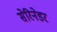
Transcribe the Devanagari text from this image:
सेरिनेडर